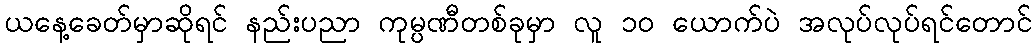
ယနေ့ခေတ်မှာဆိုရင် နည်းပညာ ကုမ္ပဏီတစ်ခုမှာ လူ ၁၀ ယောက်ပဲ အလုပ်လုပ်ရင်တောင်